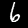
Label: 6